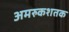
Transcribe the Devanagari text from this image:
अमरुकशतक